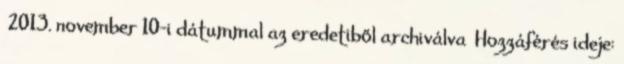
2013. november 10-i dátummal az eredetiből archiválva Hozzáférés ideje: